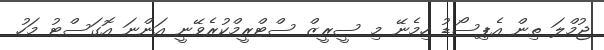
ޖުމްލަ ތިން އެޕިސޯޑު ހިމެނޭ މި ސީރީޒް ސްޓްރީމްކުރެވޭނީ އަންނަ އޮގަސްޓު މަހު